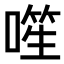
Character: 𪡾